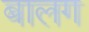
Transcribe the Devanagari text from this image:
बालग